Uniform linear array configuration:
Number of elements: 8
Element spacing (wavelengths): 0.75
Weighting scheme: hamming
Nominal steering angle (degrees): -15
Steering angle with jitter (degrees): -14.952
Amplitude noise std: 0.05
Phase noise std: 0.05

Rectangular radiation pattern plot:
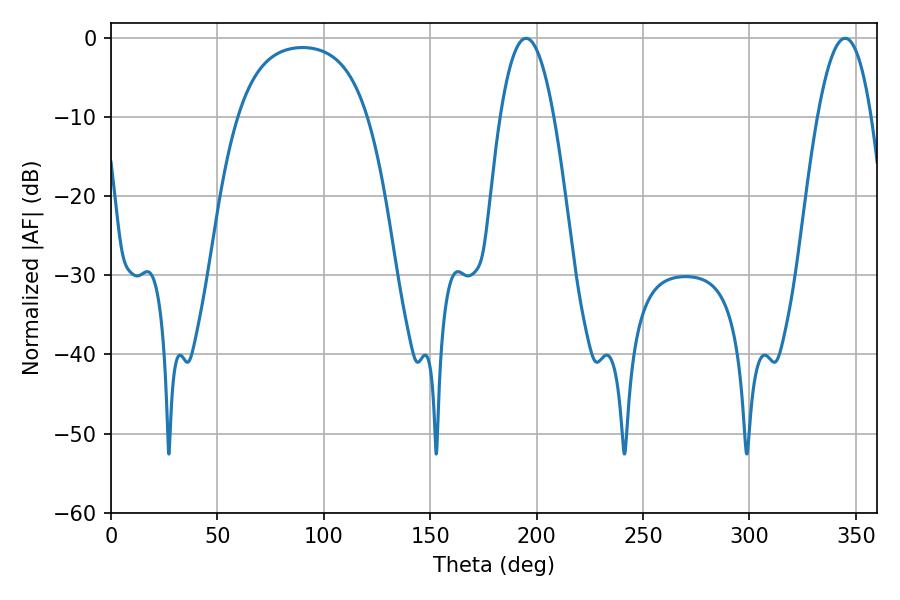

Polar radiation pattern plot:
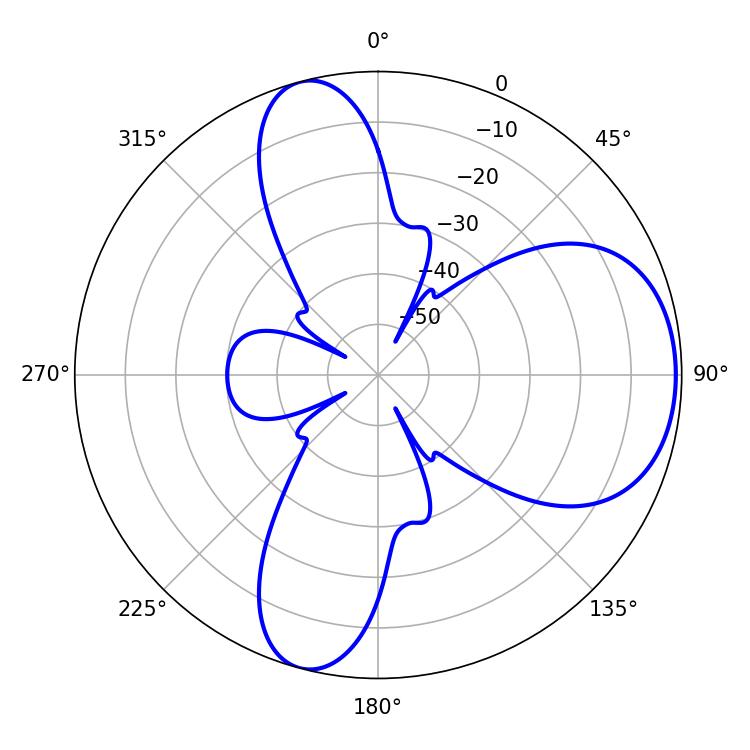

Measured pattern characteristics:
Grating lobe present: TRUE
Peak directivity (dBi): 7.018
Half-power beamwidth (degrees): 13.86
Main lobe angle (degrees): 194.94